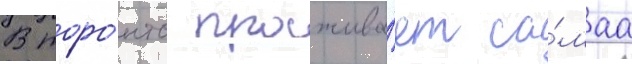
В торо́нто прожива́ет са́маа